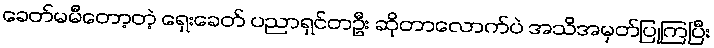
ခေတ်မမီတော့တဲ့ ရှေးခေတ် ပညာရှင်တဦး ဆိုတာလောက်ပဲ အသိအမှတ်ပြုကြပြီး